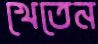
খেতেন